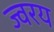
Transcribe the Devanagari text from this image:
ज्वरय